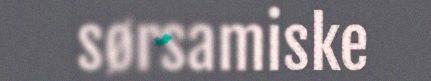
sørsamiske